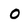
Character: O